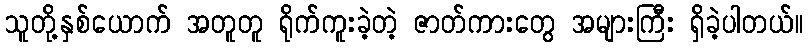
သူတို့နှစ်ယောက် အတူတူ ရိုက်ကူးခဲ့တဲ့ ဇာတ်ကားတွေ အများကြီး ရှိခဲ့ပါတယ်။